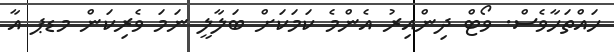
ހައްތަހާވެސް. ވޯޓް ދިންއިރު އެންމެ ކަމަކަށް ބަލާލީ ނަމަ ވެރިކަން މޑޕ އާ